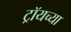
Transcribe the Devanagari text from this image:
ट्रॉयच्या